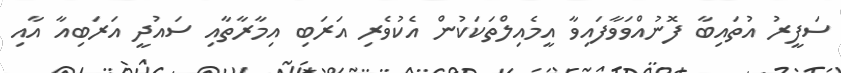
ސަފީރު އުތައިބާ ފޮނުއްވަވާފައިވާ އީމެއިލްތަކަކުން އެކުވެރި އަރަބި އިމާރާތާއި ސައުދީ އަރަބިއާ އާއި